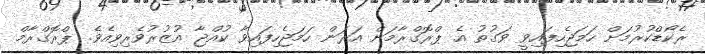
ރެކޯޑްކުރުމަށް ހަމަޖެހިފައިވީ ވަގުތު އެ ޕްރޮގްރާމަށް އަރަން ހަމަޖެހިފައިވާ ކުއްޖާ އުޒުރުވެރިވިއެވެ. ޕްރޮގްރާމް